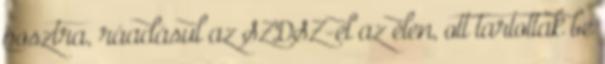
posztra, ráadásul az SZDSZ-el az élen, ott tartottak be